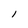
Character: l